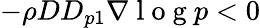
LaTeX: -\rho DD_{p1}\nabla\mathrm{~l~o~g~}p<0